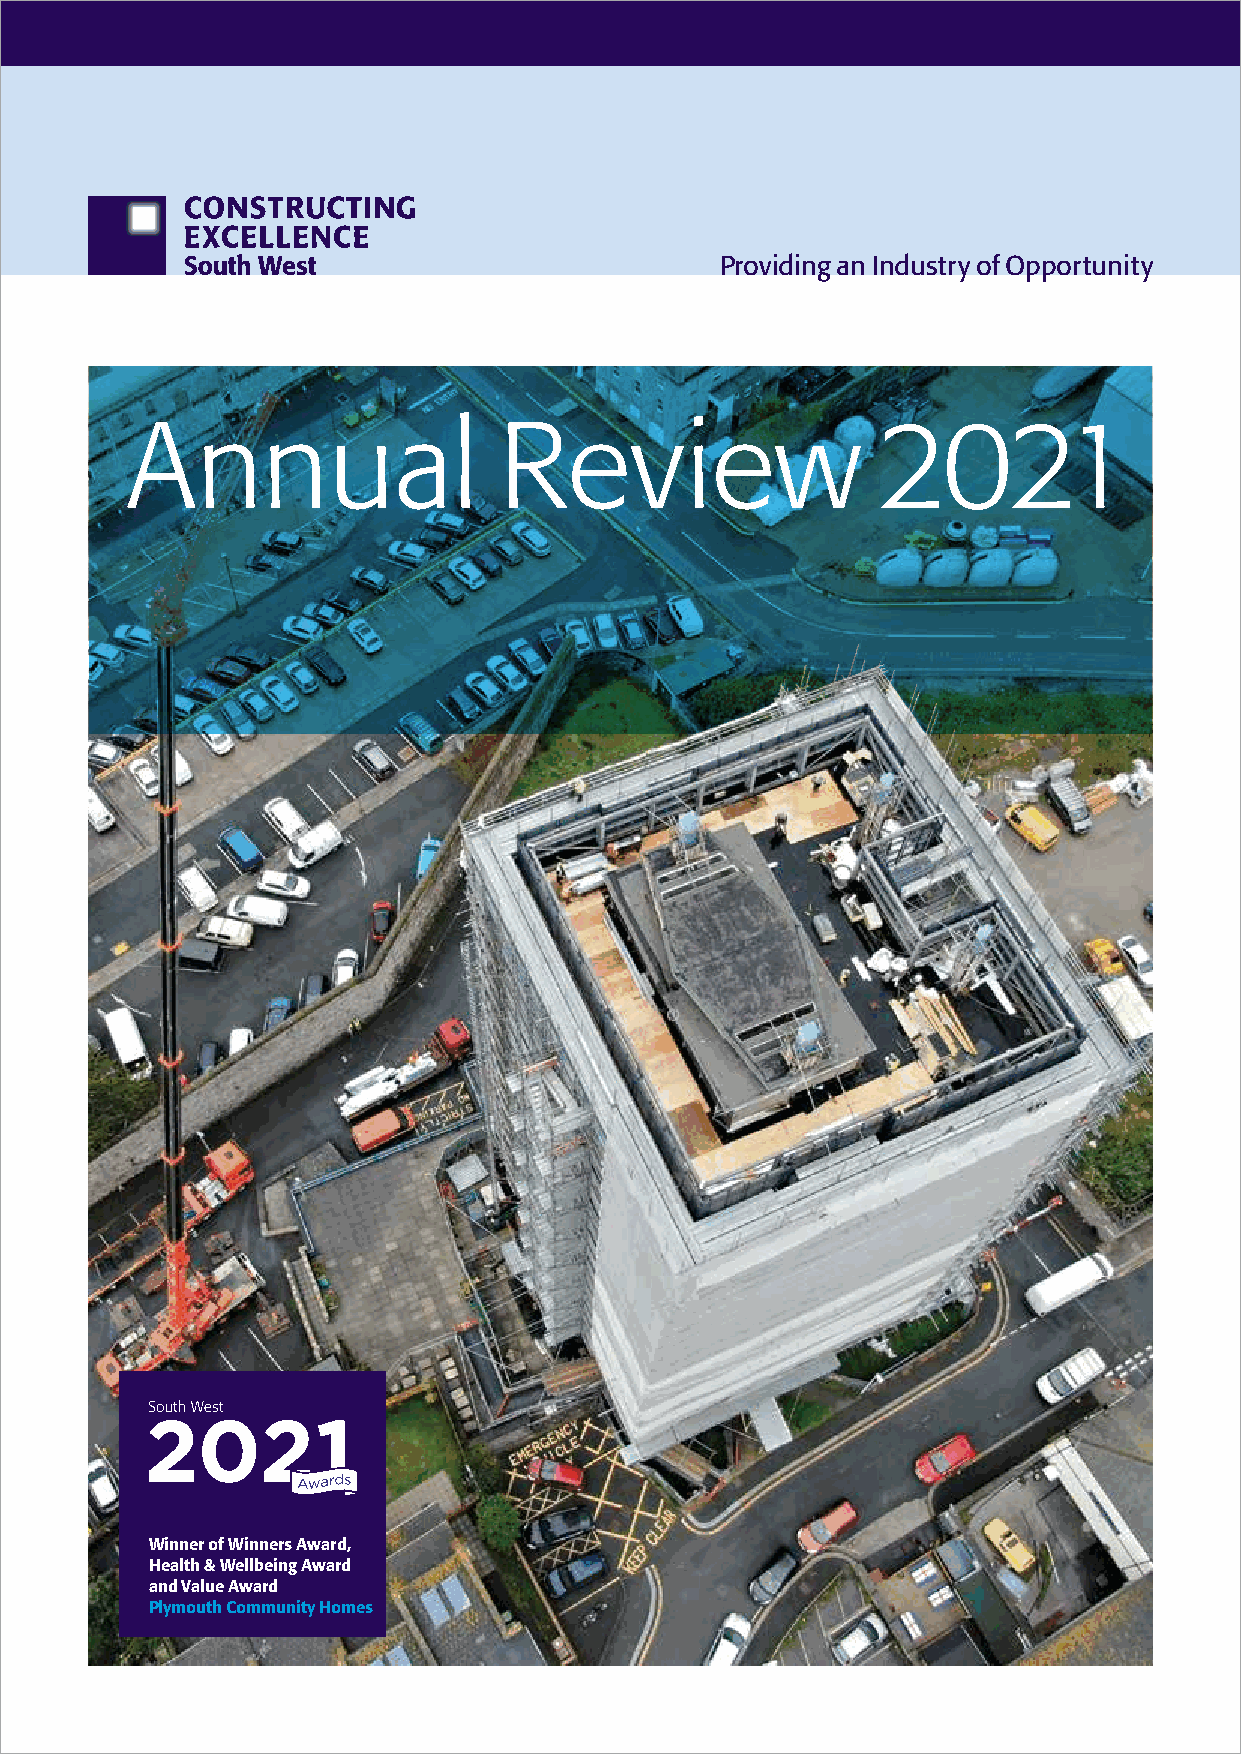
Providing an Industry of Opportunity
 Annual                   Review                   2021
 Winner of Winners Award,
 Health & Wellbeing Award
 and Value Award
 Plymouth Community Homes